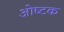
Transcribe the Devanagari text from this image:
ओष्टक